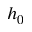
h _ { 0 }